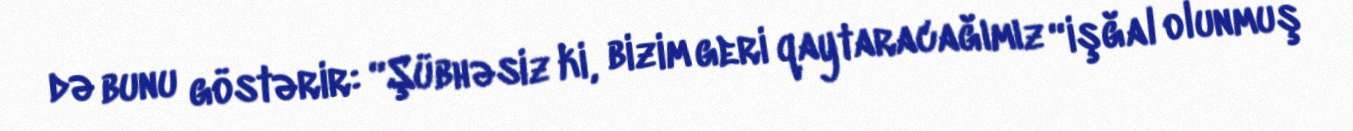
də bunu göstərir: “Şübhəsiz ki, bizim geri qaytaracağımız “işğal olunmuş